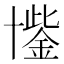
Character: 𮰐